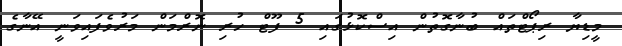
މީޑިޔާ ރިޕޯޓްތައް ބުނާގޮތުން އިސްކޮޅުގައި 5 ފޫޓް ހުރި ނޮރްމަން މަރުވެފައިވަނީ އޭނާގެ